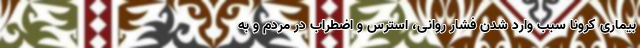
بیماری کرونا سبب وارد شدن فشار روانی، استرس و اضطراب در مردم و به